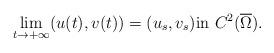
LaTeX: \begin{align*}\lim_{t \rightarrow+ \infty} (u(t),v(t)) = (u_s,v_s) \mbox{{\rm in} }C^2(\overline{\Omega}).\end{align*}